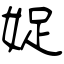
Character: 娖